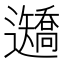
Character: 𨙍